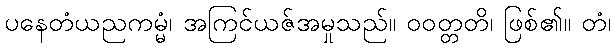
ပနေတံယညကမ္မံ၊ အကြင်ယဇ်အမှုသည်။ ဝဝတ္တတိ၊ ဖြစ်၏။ တံ၊